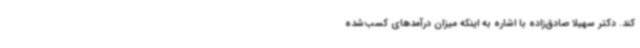
کند. دکتر سهیلا صادق‌زاده با اشاره به اینکه میزان درآمدهای کسب‌شده